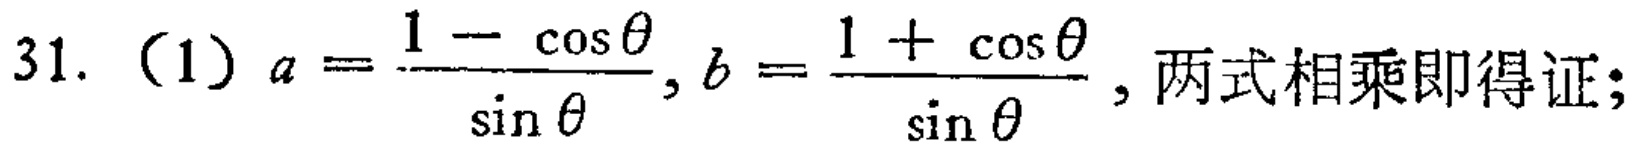
31. （1）\(a = \frac{1 - \cos\theta}{\sin\theta}, b = \frac{1 + \cos\theta}{\sin\theta}\), 两式相乘即得证；